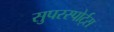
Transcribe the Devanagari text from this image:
सुपरस्पोर्ट्‌स